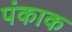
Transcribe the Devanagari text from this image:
पंकाक